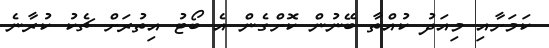
ކަމަށާއި މިއަދު ކުއްތާ ބޭނުން ކޮށްގެން އެ ބޯޓު އިތުރަށް ޗެކު ކުރާނެ